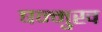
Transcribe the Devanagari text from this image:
षन्मुख